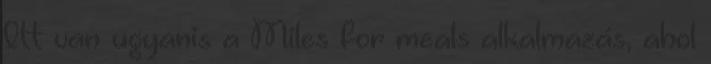
Itt van ugyanis a Miles for meals alkalmazás, ahol